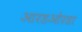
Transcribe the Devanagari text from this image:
आरडओरडा